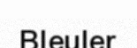
Bleuler